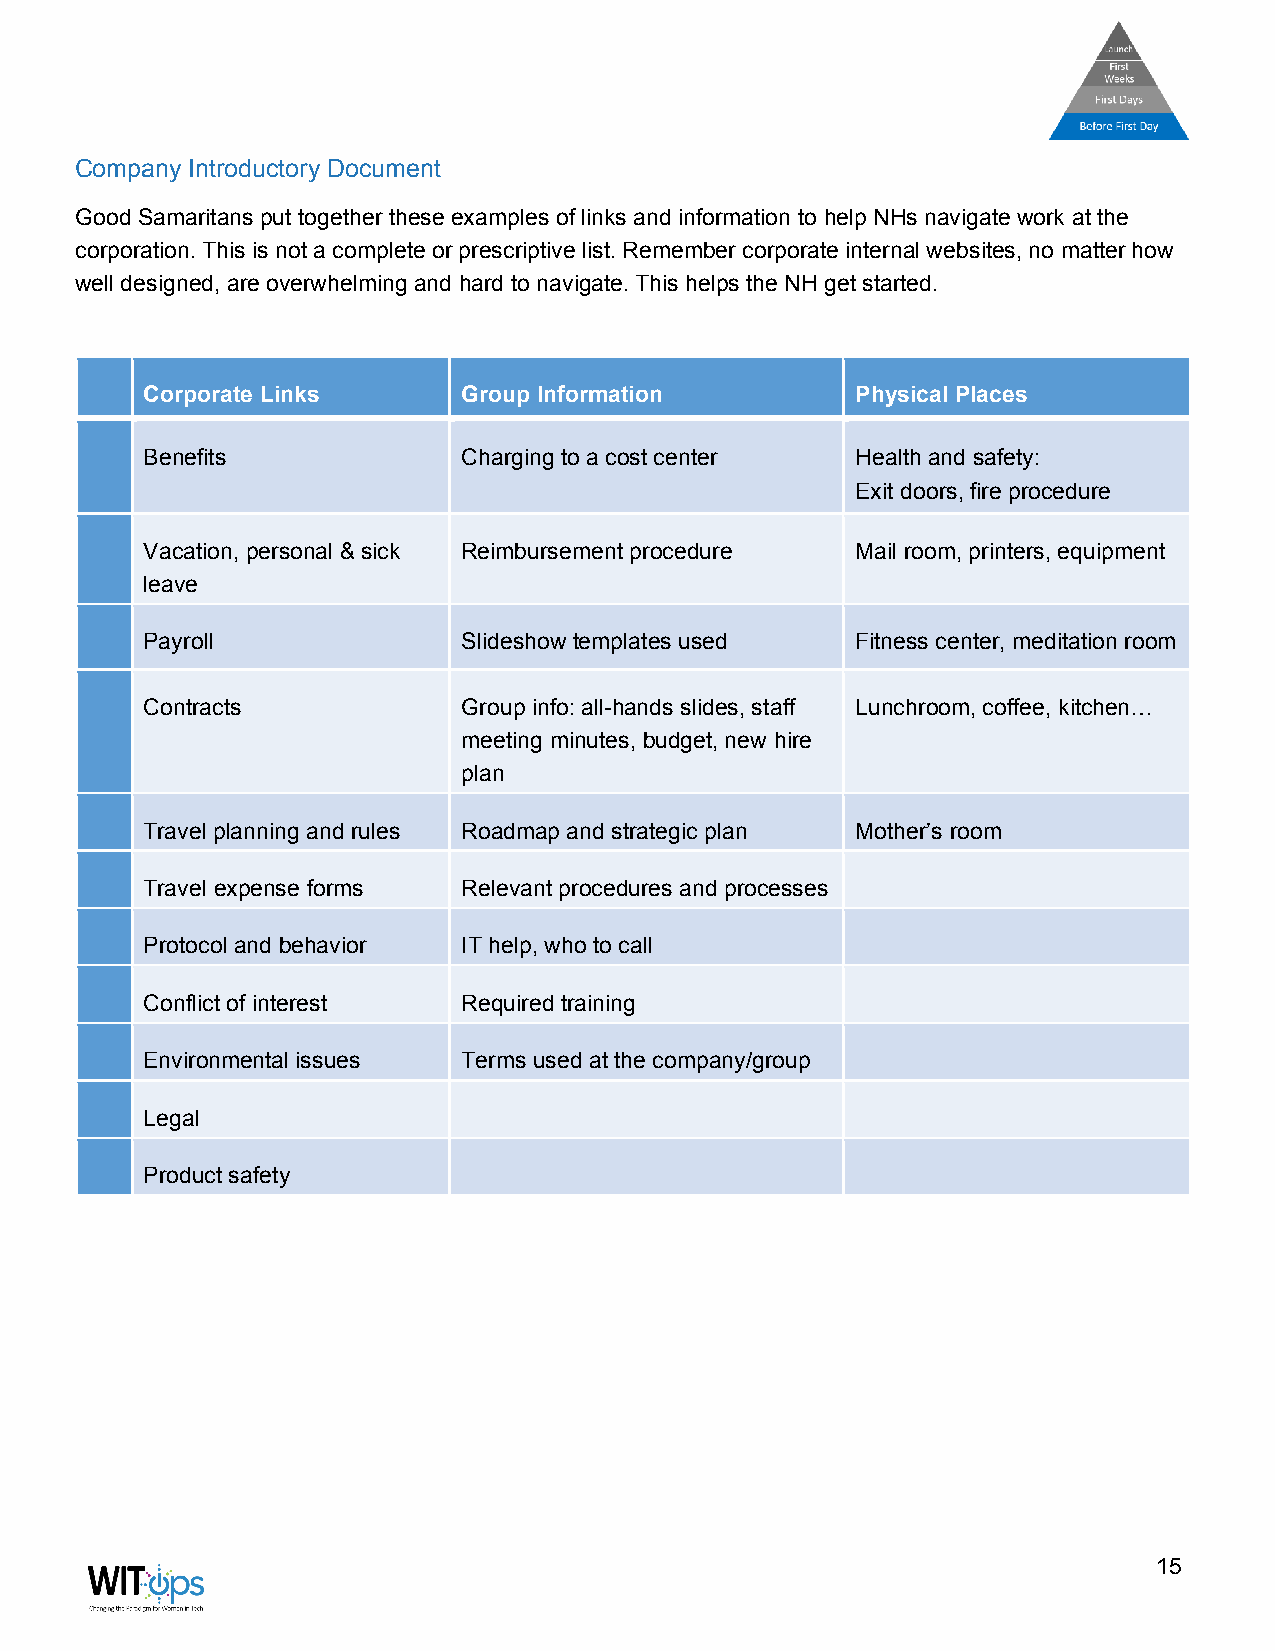
Company Introductory Document
 Good Samaritans put together these examples of links and information to help NHs navigate work at the
 corporation. This is not a complete or prescriptive list. Remember corporate internal websites, no matter how
 well designed, are overwhelming and hard to navigate. This helps the NH get started.
 Corporate Links       Group Information         Physical Places
 Benefits              Charging to a cost center Health and safety:
 Exit doors, fire procedure
 Vacation, personal & sick Reimbursement procedure Mail room, printers, equipment
 leave
 Payroll               Slideshow templates used  Fitness center, meditation room
 Contracts             Group info: all-hands slides, staff Lunchroom, coffee, kitchen…
 meeting minutes, budget, new hire
 plan
 Travel planning and rules Roadmap and strategic plan Mother’s room
 Travel expense forms  Relevant procedures and processes
 Protocol and behavior IT help, who to call
 Conflict of interest  Required training
 Environmental issues  Terms used at the company/group
 Legal
 Product safety
 15